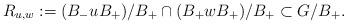
LaTeX: \begin{align*}R_{u,w}:=(B_- u B_+)/B_+ \cap (B_+ w B_+)/B_+ \subset G/B_+.\end{align*}